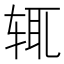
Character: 辄